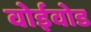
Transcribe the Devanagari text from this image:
वोईवोड